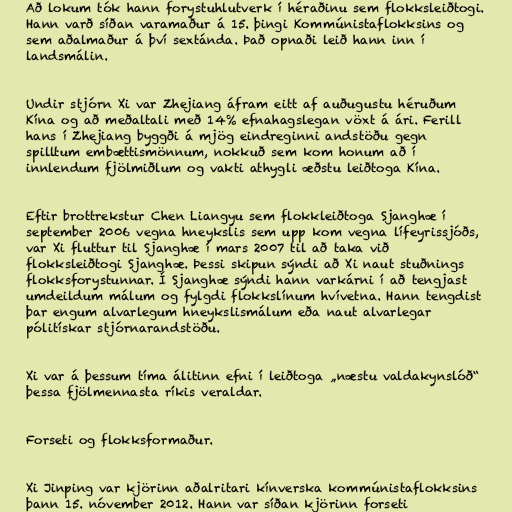
Að lokum tók hann forystuhlutverk í héraðinu sem flokksleiðtogi.
Hann varð síðan varamaður á 15. þingi Kommúnistaflokksins og
sem aðalmaður á því sextánda. Það opnaði leið hann inn í
landsmálin.

Undir stjórn Xi var Zhejiang áfram eitt af auðugustu héruðum
Kína og að meðaltali með 14% efnahagslegan vöxt á ári. Ferill
hans í Zhejiang byggði á mjög eindreginni andstöðu gegn
spilltum embættismönnum, nokkuð sem kom honum að í
innlendum fjölmiðlum og vakti athygli æðstu leiðtoga Kína.

Eftir brottrekstur Chen Liangyu sem flokkleiðtoga Sjanghæ í
september 2006 vegna hneykslis sem upp kom vegna lífeyrissjóðs,
var Xi fluttur til Sjanghæ í mars 2007 til að taka við
flokksleiðtogi Sjanghæ. Þessi skipun sýndi að Xi naut stuðnings
flokksforystunnar. Í Sjanghæ sýndi hann varkárni í að tengjast
umdeildum málum og fylgdi flokkslínum hvívetna. Hann tengdist
þar engum alvarlegum hneykslismálum eða naut alvarlegar
pólitískar stjórnarandstöðu.

Xi var á þessum tíma álitinn efni í leiðtoga „næstu valdakynslóð“
þessa fjölmennasta ríkis veraldar.

Forseti og flokksformaður.

Xi Jinping var kjörinn aðalritari kínverska kommúnistaflokksins
þann 15. nóvember 2012. Hann var síðan kjörinn forseti